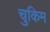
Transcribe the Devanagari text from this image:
चुकिम